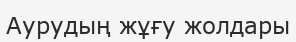
Аурудың жұғу жолдары